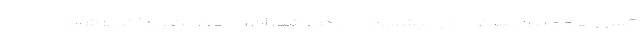
کسی هم چنین نسخه ای را پیشنهاد می کند شما آن را جدی نگیرید) تنها شاید